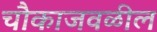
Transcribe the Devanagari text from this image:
चौकाजवळील